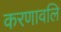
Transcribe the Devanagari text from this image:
करणावलि